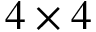
4 \times 4